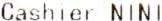
CASHIER NINI